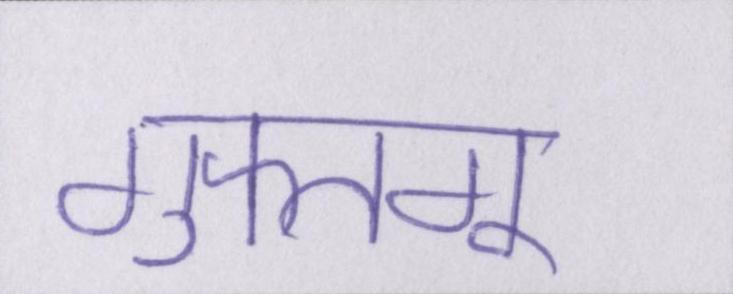
गुफ्तगू